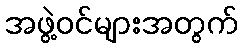
အဖွဲ့ဝင်များအတွက်